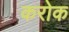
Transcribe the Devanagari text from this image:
करोक